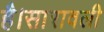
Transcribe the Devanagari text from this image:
है।सारावली